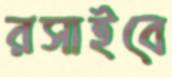
রসাইবে